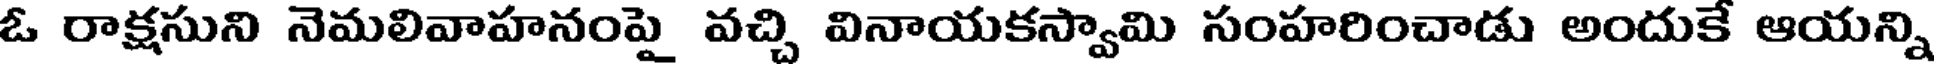
ఓ రాక్షసుని నెమలివాహనంపై వచ్చి వినాయకస్వామి సంహరించాడు అందుకే ఆయన్ని